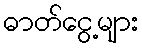
ဓာတ်ငွေ့များ